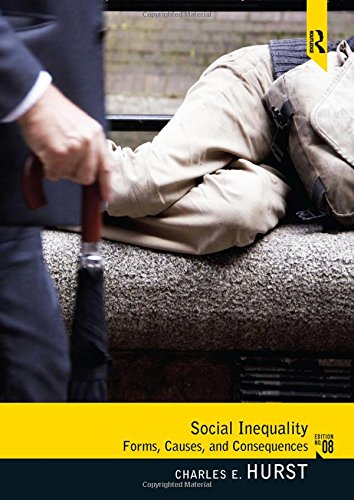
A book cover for Social Inequality: Forms, Causes, and Consequences; Charles E. Hurst; History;